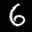
Label: 6